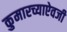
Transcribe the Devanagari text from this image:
कुमारच्याऐवजी